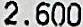
2.600